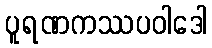
ပူရဏကဿပဝါဒေါ